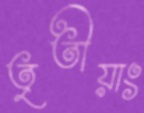
তৃতীয়াং